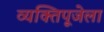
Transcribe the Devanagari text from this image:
व्यक्तिपूजेला